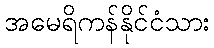
အမေရိကန်နိုင်ငံသား